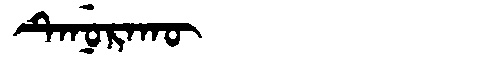
Manchu: ᡨᡝᠨᡠᡵᠠᡴᡡ
Romanization: TENURAKŪ